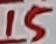
Text: 15